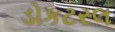
ડોકટરલ